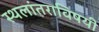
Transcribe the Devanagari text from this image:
स्थलांतराविषयी